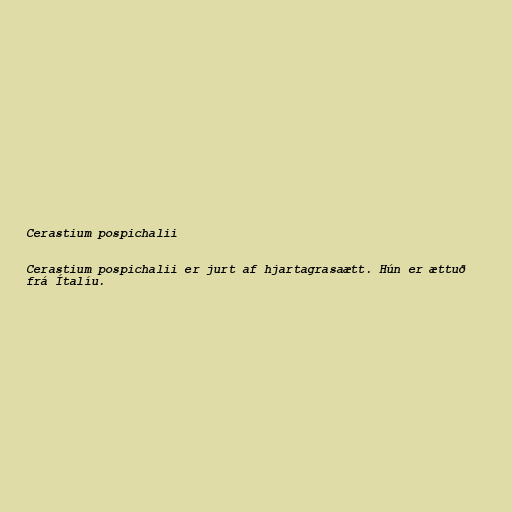
Cerastium pospichalii

Cerastium pospichalii er jurt af hjartagrasaætt. Hún er ættuð
frá Ítalíu.